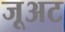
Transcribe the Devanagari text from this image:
जूअट